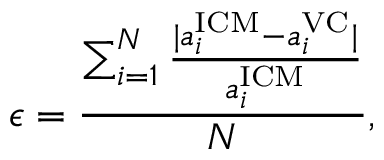
\epsilon = \frac { \sum _ { i = 1 } ^ { N } \frac { \lvert a _ { i } ^ { \mathrm { I C M } } - a _ { i } ^ { \mathrm { V C } } \rvert } { a _ { i } ^ { \mathrm { I C M } } } } { N } ,